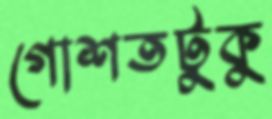
গোশতটুকু